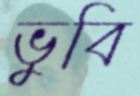
ভুবি